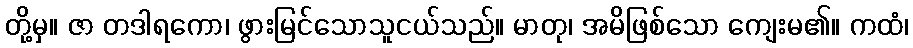
တို့မှ။ ဇာ တဒါရကော၊ ဖွားမြင်သောသူငယ်သည်။ မာတု၊ အမိဖြစ်သော ကျေးမ၏။ ကထံ၊